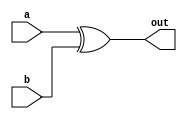
module my_xor(
  input a,
  input b,
  output out
  );
  xor w1(out,a,b);
  
endmodule